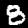
Label: 8